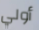
أولي